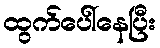
ထွက်ပေါ်နေပြီး